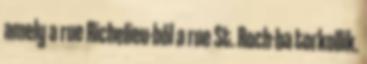
amely a rue Richelieu-ből a rue St. Roch-ba torkollik.